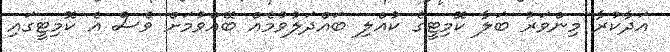
އަދާކުރާ މިންވަރު ބަލާ ކޮމިޓީގެ ކުއްލި ބައްދަލުވުމެއް ބޭއްވުމަށް ވެސް އެ ކޮމިޓީގައި